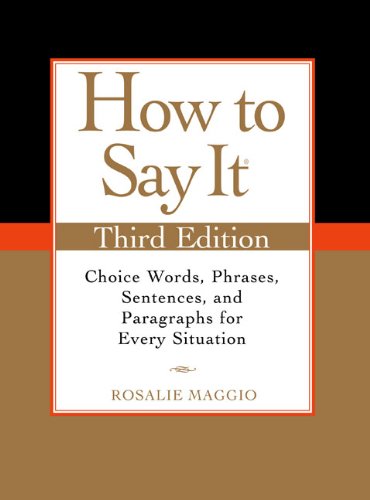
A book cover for How to Say It, Third Edition: Choice Words, Phrases, Sentences, and Paragraphs for Every Situation; Rosalie Maggio; Business & Money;